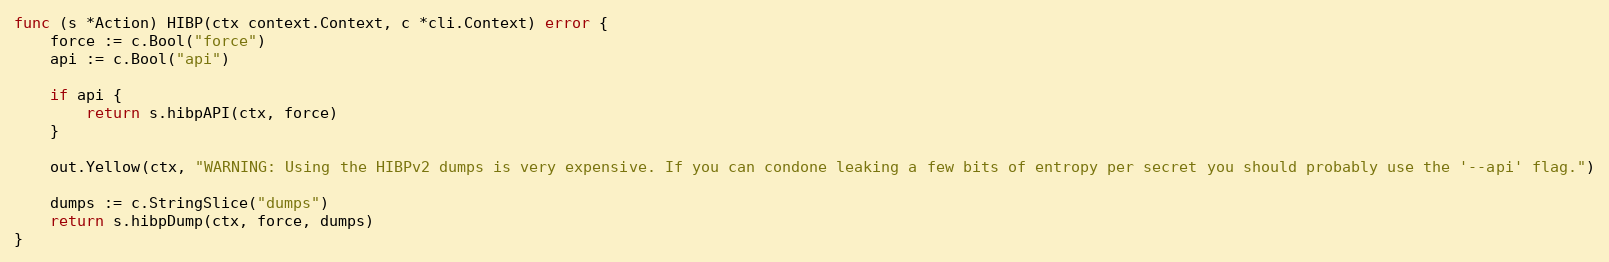
Language: Go
func (s *Action) HIBP(ctx context.Context, c *cli.Context) error {
	force := c.Bool("force")
	api := c.Bool("api")

	if api {
		return s.hibpAPI(ctx, force)
	}

	out.Yellow(ctx, "WARNING: Using the HIBPv2 dumps is very expensive. If you can condone leaking a few bits of entropy per secret you should probably use the '--api' flag.")

	dumps := c.StringSlice("dumps")
	return s.hibpDump(ctx, force, dumps)
}